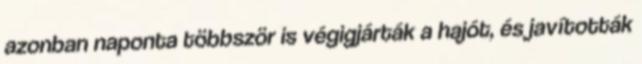
azonban naponta többször is végigjárták a hajót, és javították